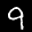
Label: 9